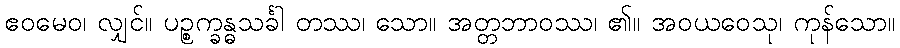
ဧဝမေဝ၊ လျှင်။ ပဉ္စက္ခန္ဓသင်္ခါ တဿ၊ သော။ အတ္တဘာဝဿ၊ ၏။ အဝယဝေသု၊ ကုန်သော။